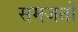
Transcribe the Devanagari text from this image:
समजतों